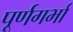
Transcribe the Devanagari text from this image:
पूर्णगर्भा